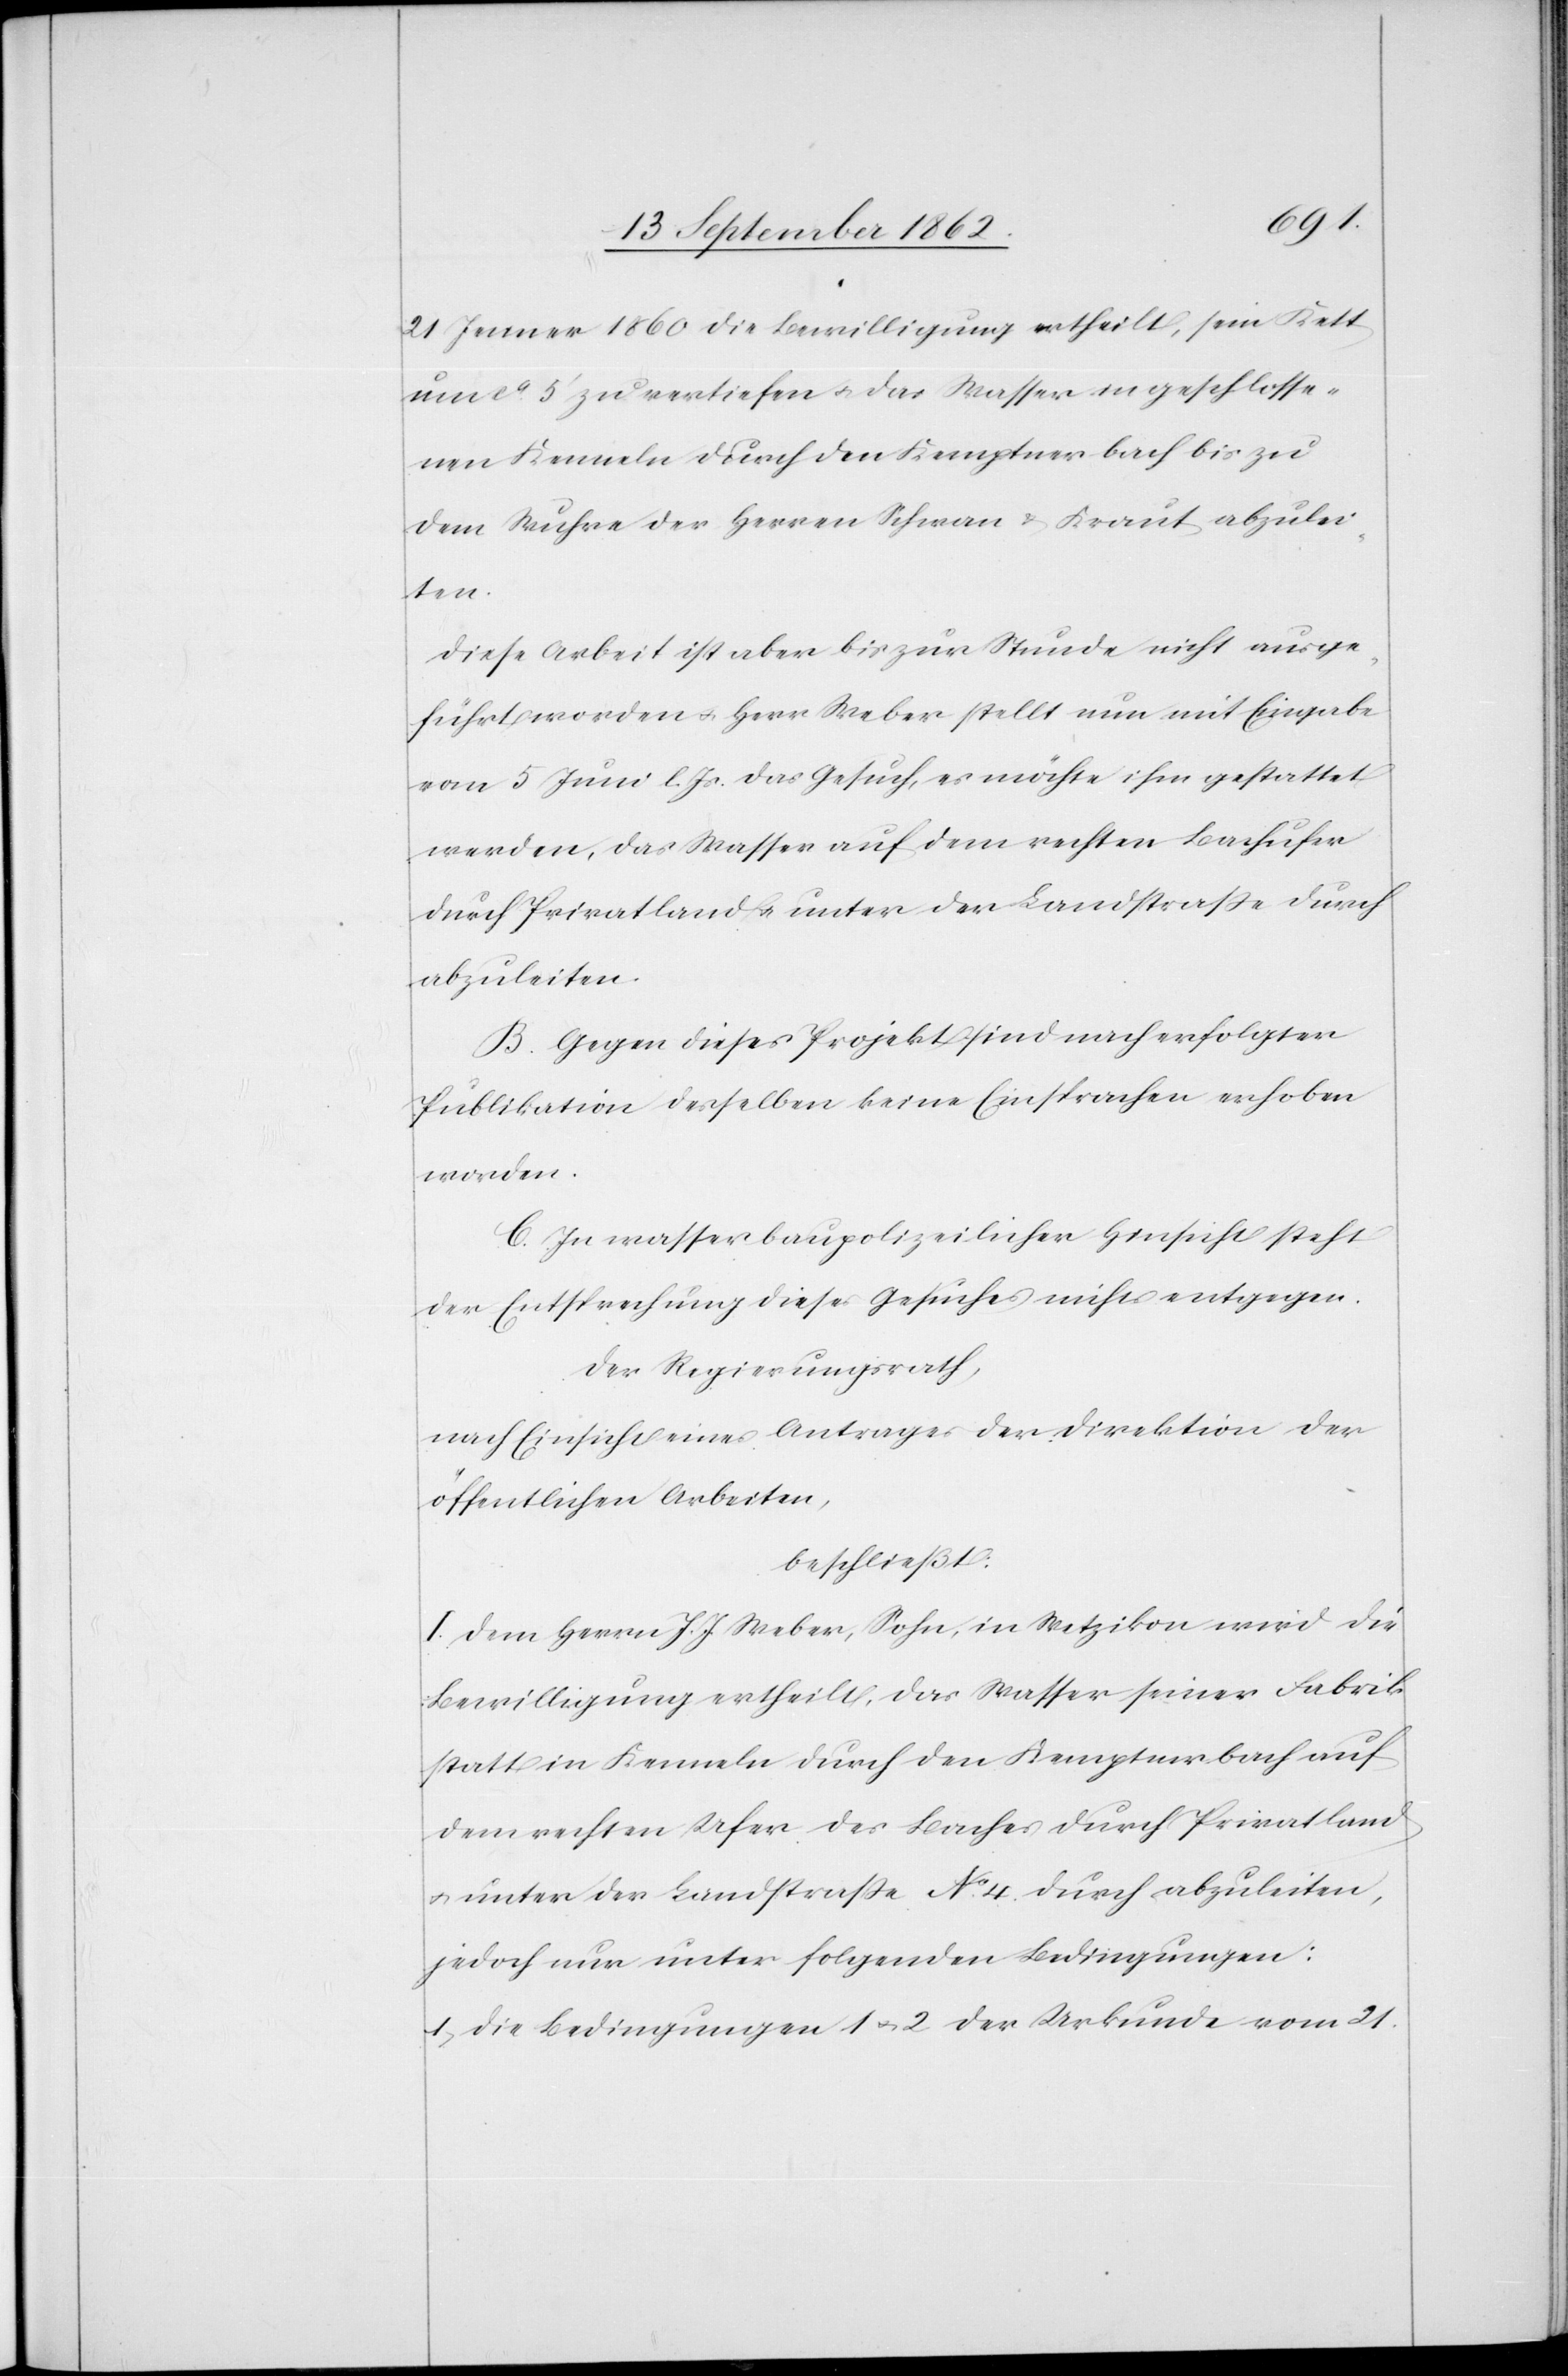
21. Jenner 1860 die Bewilligung ertheilt, sein Kett
um ca 5’ zu vertiefen u. das Wasser in geschlosse¬
nen Kenneln durch den Kemptner Bach bis zu
dem Wuhre der Herren Schwan u. Kraut abzulei¬
ten.
Diese Arbeit ist aber bis zur Stunde nicht ausge¬
führt worden u. Herr Weber stellt nun mit Eingabe
vom 5. Juni l. Js. das Gesuch, es möchte ihm gestattet
werden, das Wasser auf dem rechten Bachufer
durch Privatland u. unter der Landstraße durch
abzuleiten.
B. Gegen dieses Projekt sind nach erfolgter
Publikation derselben keine Einsprachen erhoben
worden.
C. In wasserbaupolizeilicher Hinsicht steht
der Entsprechung dieses Gesuches nichts entgegen.
Der Regierungsrath,
nach Einsicht eines Antrages der Direktion der
öffentlichen Arbeiten,
beschließt:
I. Dem Herrn J. J. Weber, Sohn, in Wetzikon wird die
Bewilligung ertheilt, das Wasser seiner Fabrik
statt in Kenneln durch den Kemptnerbach auf
dem rechten Ufer des Baches durch Privatland
u. unter der Landstraße No 4. durch abzuleiten,
jedoch nur unter folgenden Bedingungen:
1. Die Bedingungen 1 u. 2 der Urkunde vom 21.